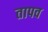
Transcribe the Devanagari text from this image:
तापव